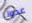
عدونا